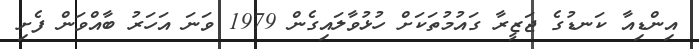
އިންޑިއާ ކަނޑުގެ ޖަޒީރާ ގައުމުތަކަށް ހުޅުވާލައިގެން 1979 ވަނަ އަހަރު ބާއްވަން ފެށި